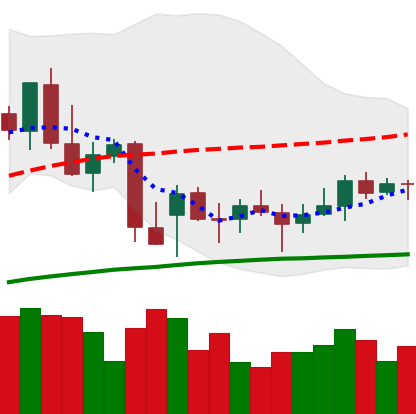
Ticker: BNB-USD
Chart end date: 2021-12-26
Forward return: -6.451%
Label: down_5_7